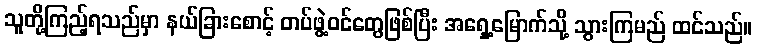
သူတို့ကြည့်ရသည်မှာ နယ်ခြားစောင့် တပ်ဖွဲ့ဝင်တွေဖြစ်ပြီး အရှေ့မြောက်သို့ သွားကြမည် ထင်သည်။